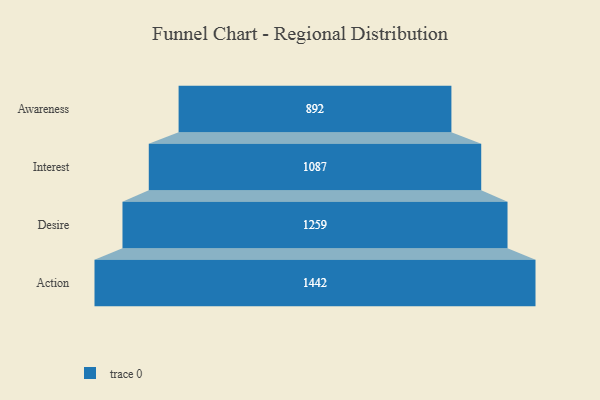
{"axis": {"x": "Stage", "y": "Value"}, "legend": [""], "data": [{"x": "Awareness", "y": 892.0, "type": ""}, {"x": "Interest", "y": 1087.0, "type": ""}, {"x": "Desire", "y": 1259.0, "type": ""}, {"x": "Action", "y": 1442.0, "type": ""}]}